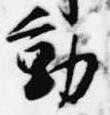
動